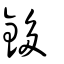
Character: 鉹